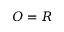
O = R